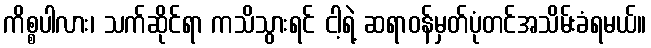
ကိစ္စပါလား၊ သက်ဆိုင်ရာ ကသိသွားရင် ငါ့ရဲ့ ဆရာဝန်မှတ်ပုံတင်အသိမ်းခံရမယ်။